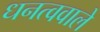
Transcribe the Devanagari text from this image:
धनत्ववाले